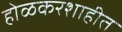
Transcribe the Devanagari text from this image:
होळकरशाहीत